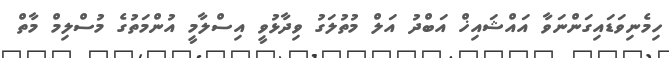
ހިމެނިވަޑައިގަންނަވާ އައްޝައިޚް އަބްދު އަލް މުތުލަގު ވިދާޅުވީ އިސްލާމީ އުންމަތުގެ މުސްލިމް މާތް